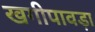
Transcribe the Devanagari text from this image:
खगीपावड़ा